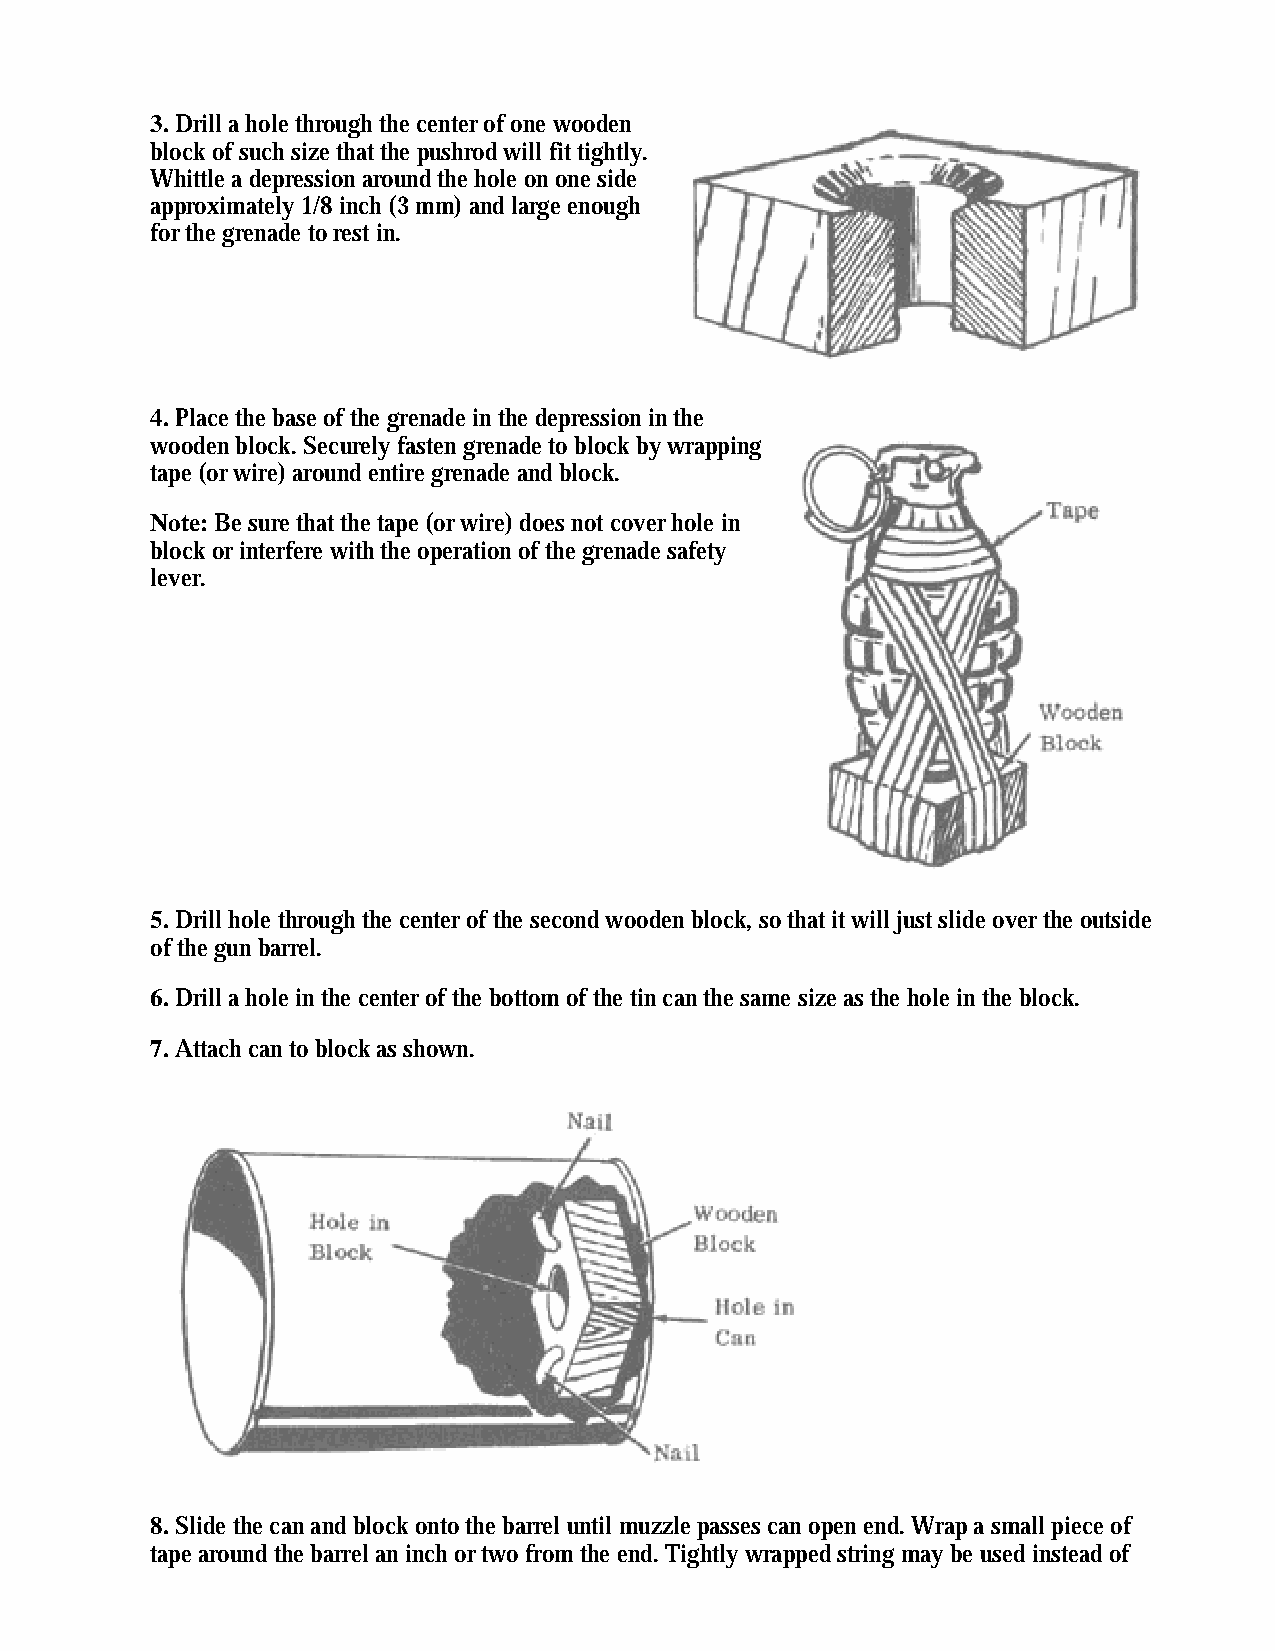
3. Drill a hole through the center of one wooden
 block of such size that the pushrod will fit tightly.
 Whittle a depression around the hole on one side
 approximately 1/8 inch (3 mm) and large enough
 for the grenade to rest in.
 4. Place the base of the grenade in the depression in the
 wooden block. Securely fasten grenade to block by wrapping
 tape (or wire) around entire grenade and block.
 Note: Be sure that the tape (or wire) does not cover hole in
 block or interfere with the operation of the grenade safety
 lever.
 5. Drill hole through the center of the second wooden block, so that it will just slide over the outside
 of the gun barrel.
 6. Drill a hole in the center of the bottom of the tin can the same size as the hole in the block.
 7. Attach can to block as shown.
 8. Slide the can and block onto the barrel until muzzle passes can open end. Wrap a small piece of
 tape around the barrel an inch or two from the end. Tightly wrapped string may be used instead of